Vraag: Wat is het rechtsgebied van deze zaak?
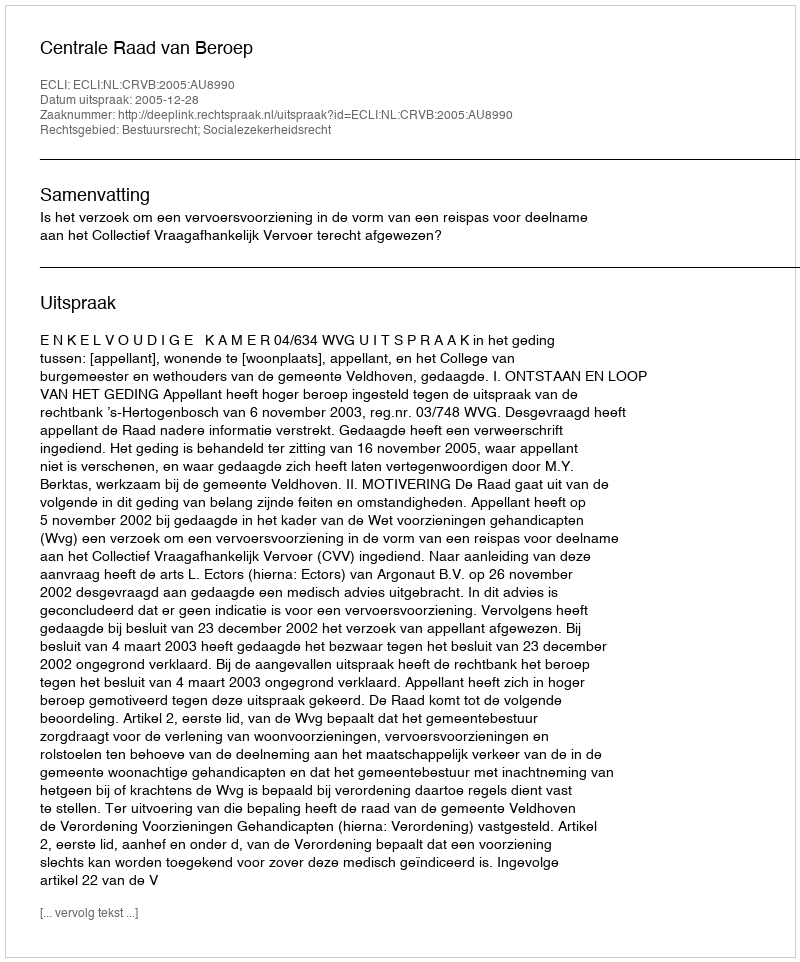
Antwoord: Bestuursrecht; Socialezekerheidsrecht